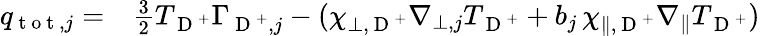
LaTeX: \begin{array}{rl}{q_{\mathrm{~t~o~t~},j}=}&{{}\frac{3}{2}T_{\mathrm{~D~}^{+}}\Gamma_{\mathrm{~D~}^{+},j}-(\chi_{\perp,\mathrm{~D~}^{+}}\nabla_{\perp,j}T_{\mathrm{~D~}^{+}}+b_{j}\, \chi_{\| ,\mathrm{~D~}^{+}}\nabla_{\| }T_{\mathrm{~D~}^{+}})}\end{array}